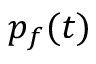
p _ { f } ( t )